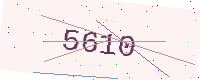
Text: 5610